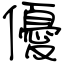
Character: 優